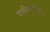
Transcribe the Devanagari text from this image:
एसेम्बलिंग